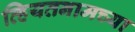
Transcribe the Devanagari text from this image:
व्हियतनामच्या